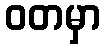
ဝတမှာ